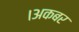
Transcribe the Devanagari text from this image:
।अकबर